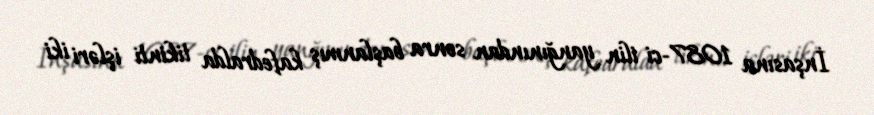
İnşasına 1087-ci ilin yanğınından sonra başlanmış kafedralda tikinti işləri iki